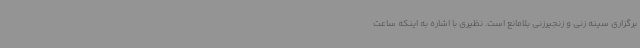
برگزاری سینه زنی و زنجیرزنی بلامانع است. نظیری با اشاره به اینکه ساعت